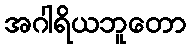
အဂါရိယဘူတော